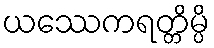
ယဿေကရတ္တိမ္ပိ